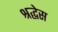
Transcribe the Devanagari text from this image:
श्रद्धेस